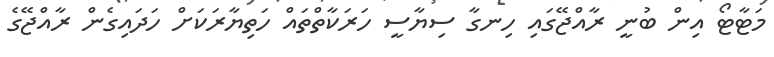
މަޓާޓޯ އިން ބުނީ ރާއްޖޭގައި ހިނގާ ސިޔާސީ ހަރަކާތްތައް ހަތިޔާރަކަށް ހަދައިގެން ރާއްޖޭގެ